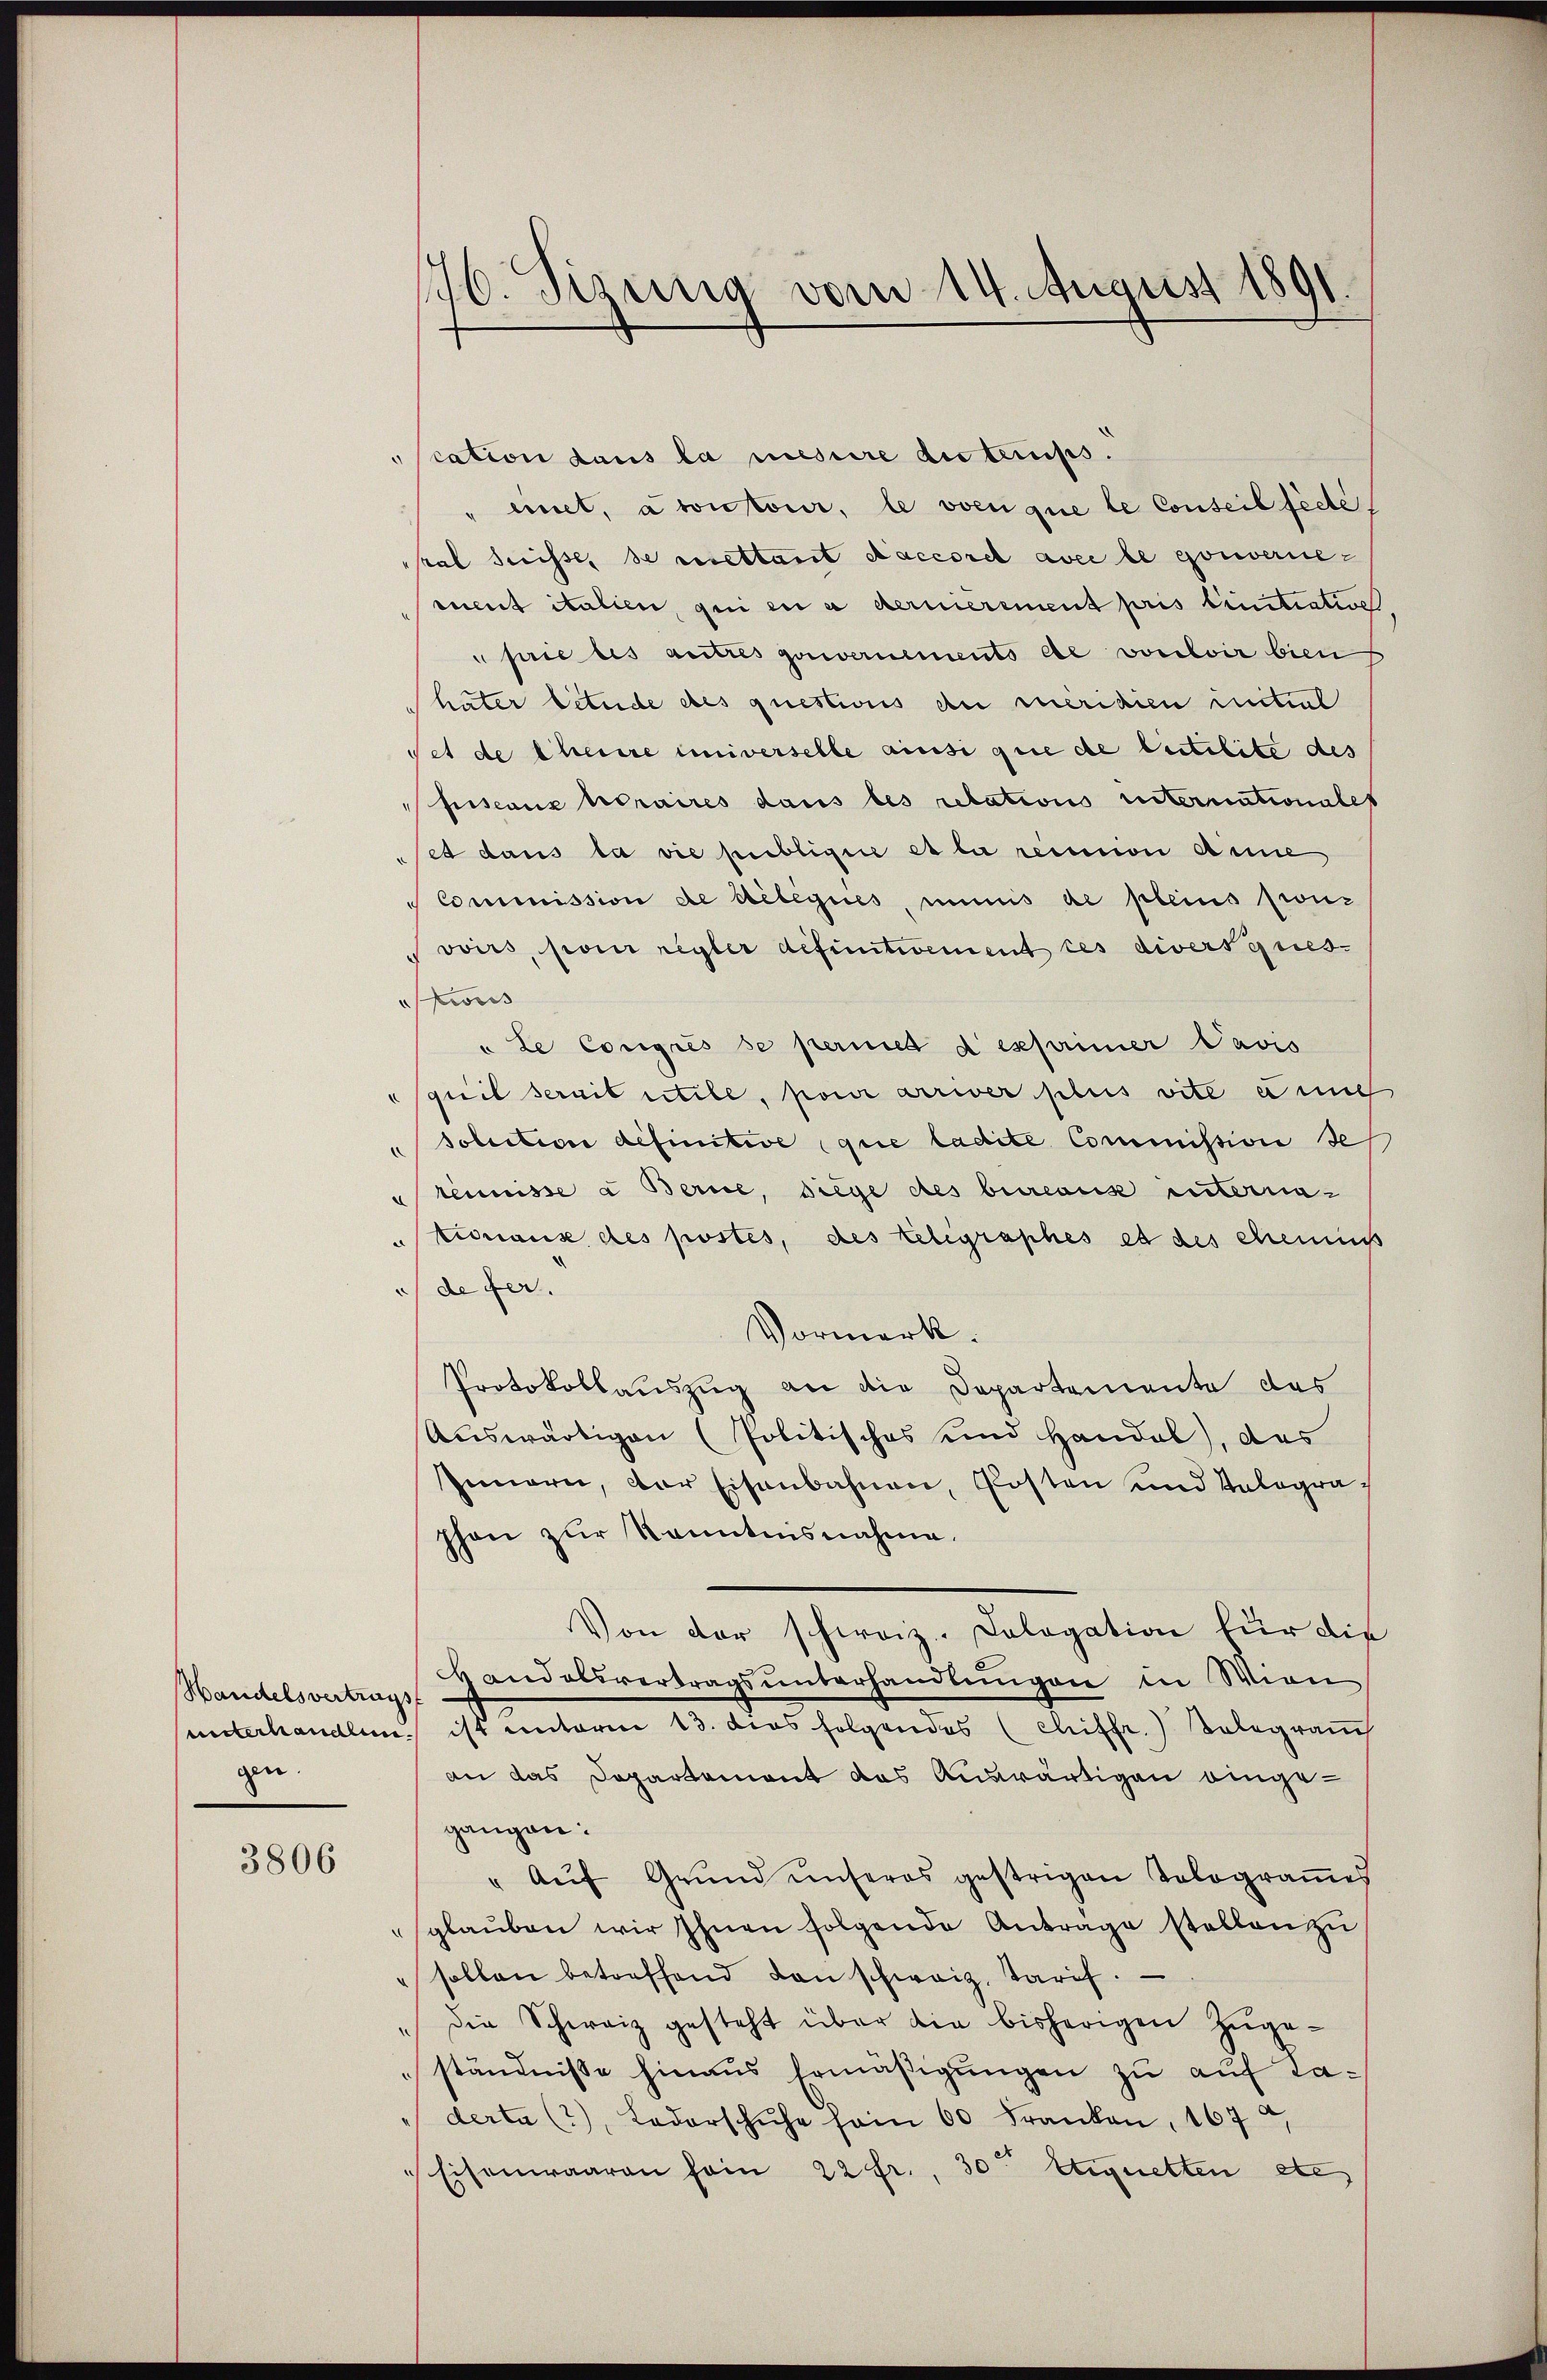
Handelsvertrags
gen

3806

76. Sisung vom 14. August 1891

scation dans la messire diterups.
" einet, atontour, le voen que le Conseil fede
ral Suisse de cettant Saccorel avec le gouverne
ement italien, qui en a dernierement pris finitiative
pie des autres gouvernements de vouloir bien
häter litude des questions der meridien initial
set de theure universelle ainsi que de lutilite des
sseaus horaires dans les retations riternationales
set dans la die publique et la reission anne
Commission de délégues, minis de pleins pronz
voirs, pour regler definitivement ces diversques-
kweis
"Le Congrés se permied d exprimer Pavis
squil serait utile, pour arriver plus vite e nich
solution definitive que ladite Commission se
renisse u Berne, Siege des bureaus unternatronaus des postés, des religraphes et des chemin
 de fer
Vormerk.
Protokollauszug an die Departemente das
Auswärtigen (Politisches und Handel, das
Innern, der Eisenbahnen, Posten und Kalographon zur Kenntnisnahme.
Von der schweiz. Cologation für die
Handelsvertragsunterhandlungen in Wien
sunterhandlung ist unterm 13. dies folgendes chiffr.) Selegrauch
an das Departement das Auswärtigen eingegangen:
" Auf Grund unseres gestrigen Tologrames
sglauben wir Ihnen folgende Anträge stellen zu
sollen betreffend den schweiz. Tarif.
" die Schweiz gesteht über die bisherigen Zŭge-
ständnisse hinaus Ermäßigungen zu auf Laderte (2), Lederschuhe soin 60 Franken, 167 u
Eisenwaaren sein 22 fr. 30ten Eignetten etc.